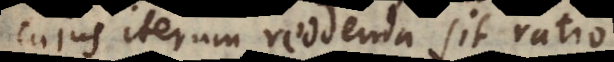
cujus iterum quaerenda est ratio